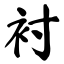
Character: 衬